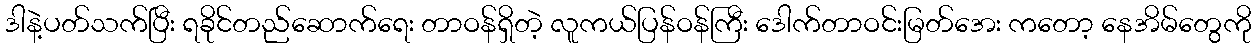
ဒါနဲ့ပတ်သက်ပြီး ရခိုင်တည်ဆောက်ရေး တာဝန်ရှိတဲ့ လူကယ်ပြန်ဝန်ကြီး ဒေါက်တာဝင်းမြတ်အေး ကတော့ နေအိမ်တွေကို